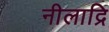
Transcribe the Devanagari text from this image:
नीलाद्रि